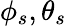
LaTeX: \phi_{s},\theta_{s}